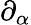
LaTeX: \partial_{\alpha}